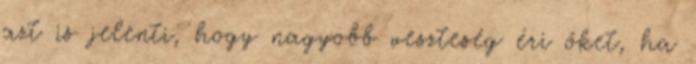
azt is jelenti, hogy nagyobb veszteség éri őket, ha